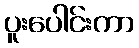
ပူးပေါင်းကာ